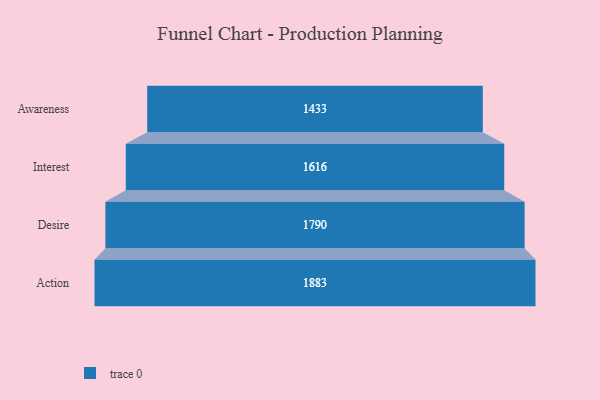
{"axis": {"x": "Stage", "y": "Value"}, "legend": [""], "data": [{"x": "Awareness", "y": 1433.0, "type": ""}, {"x": "Interest", "y": 1616.0, "type": ""}, {"x": "Desire", "y": 1790.0, "type": ""}, {"x": "Action", "y": 1883.0, "type": ""}]}